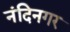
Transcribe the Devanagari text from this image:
नंदिनगर